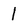
Character: 1